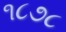
૧૮૭૮